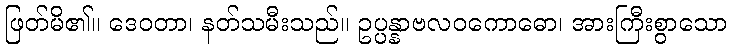
ဖြတ်မိ၏။ ဒေဝတာ၊ နတ်သမီးသည်။ ဥပ္ပန္နာဗလဝကောဓော၊ အားကြီးစွာသော